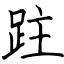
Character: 跓